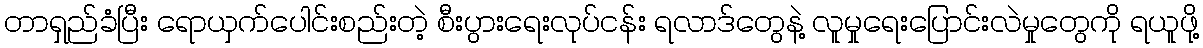
တာရှည်ခံပြီး ရောယှက်ပေါင်းစည်းတဲ့ စီးပွားရေးလုပ်ငန်း ရလာဒ်တွေနဲ့ လူမှုရေးပြောင်းလဲမှုတွေကို ရယူဖို့